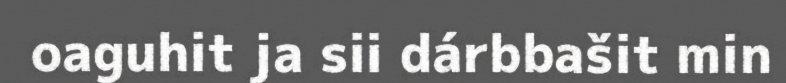
oaguhit ja sii dárbbašit min